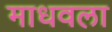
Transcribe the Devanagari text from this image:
माधवला